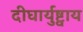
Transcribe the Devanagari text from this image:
दीघार्युष्ट्वाय